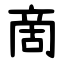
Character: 啇